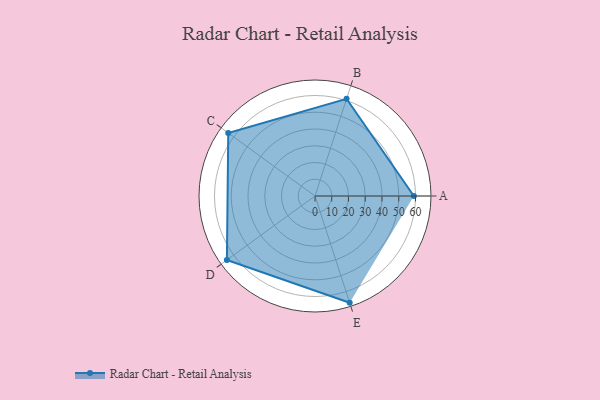
{"axis": {"x": "Skill", "y": "Score"}, "legend": ["Profile"], "data": [{"x": "A", "y": 59.0, "type": "Profile"}, {"x": "B", "y": 61.0, "type": "Profile"}, {"x": "C", "y": 64.0, "type": "Profile"}, {"x": "D", "y": 65.0, "type": "Profile"}, {"x": "E", "y": 67.0, "type": "Profile"}]}